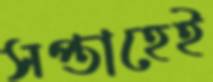
সপ্তাহেই